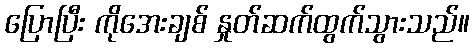
ပြောပြီး ကိုအေးချစ် နှုတ်ဆက်ထွက်သွားသည်။